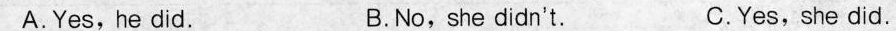
A.Yes,he did. B.No,she didn't. C.Yes,she did.